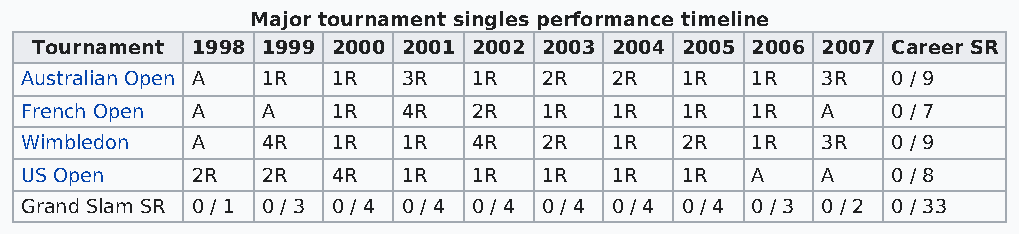
Major tournament singles performance timeline
 Tournament 1998 1999 2000 2001 2002 2003 2004 2005 2006 2007 Career SR
 Australian Open A 1R 1R   3R  1R   2R  2R   1R   1R  3R   0 / 9
 French Open A   A    1R   4R  2R   1R  1R   1R   1R  A    0 / 7
 Wimbledon   A   4R   1R   1R  4R   2R  1R   2R   1R  3R   0 / 9
 US Open     2R  2R   4R   1R  1R   1R  1R   1R   A   A    0 / 8
 Grand Slam SR 0 / 1 0 / 3 0 / 4 0 / 4 0 / 4 0 / 4 0 / 4 0 / 4 0 / 3 0 / 2 0 / 33